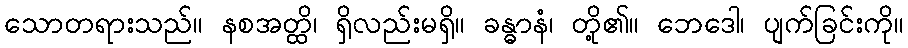
သောတရားသည်။ နစအတ္ထိ၊ ရှိလည်းမရှိ။ ခန္ဓာနံ၊ တို့၏။ ဘေဒေါ၊ ပျက်ခြင်းကို။